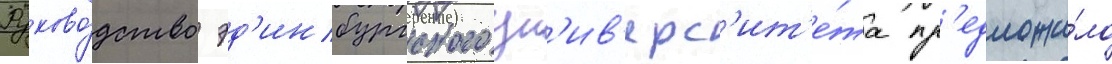
Руково́дство эд'инбургского ун'ив'ерс'ит'е́та пр'едложи́ло